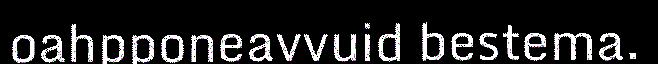
oahpponeavvuid bestema.